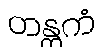
တန္တကံ